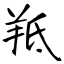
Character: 羝